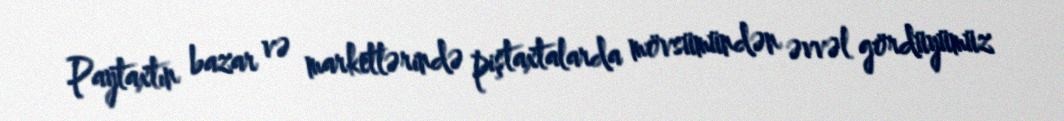
Paytaxtın bazar və marketlərində piştaxtalarda mövsümündən əvvəl gördüyümüz